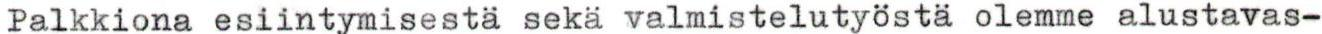
Palkkiona esiintymisestä sekä valmistelutyöstä olemme alustavas-